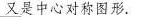
又是中心对称图形.